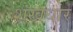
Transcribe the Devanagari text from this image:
शंखधार